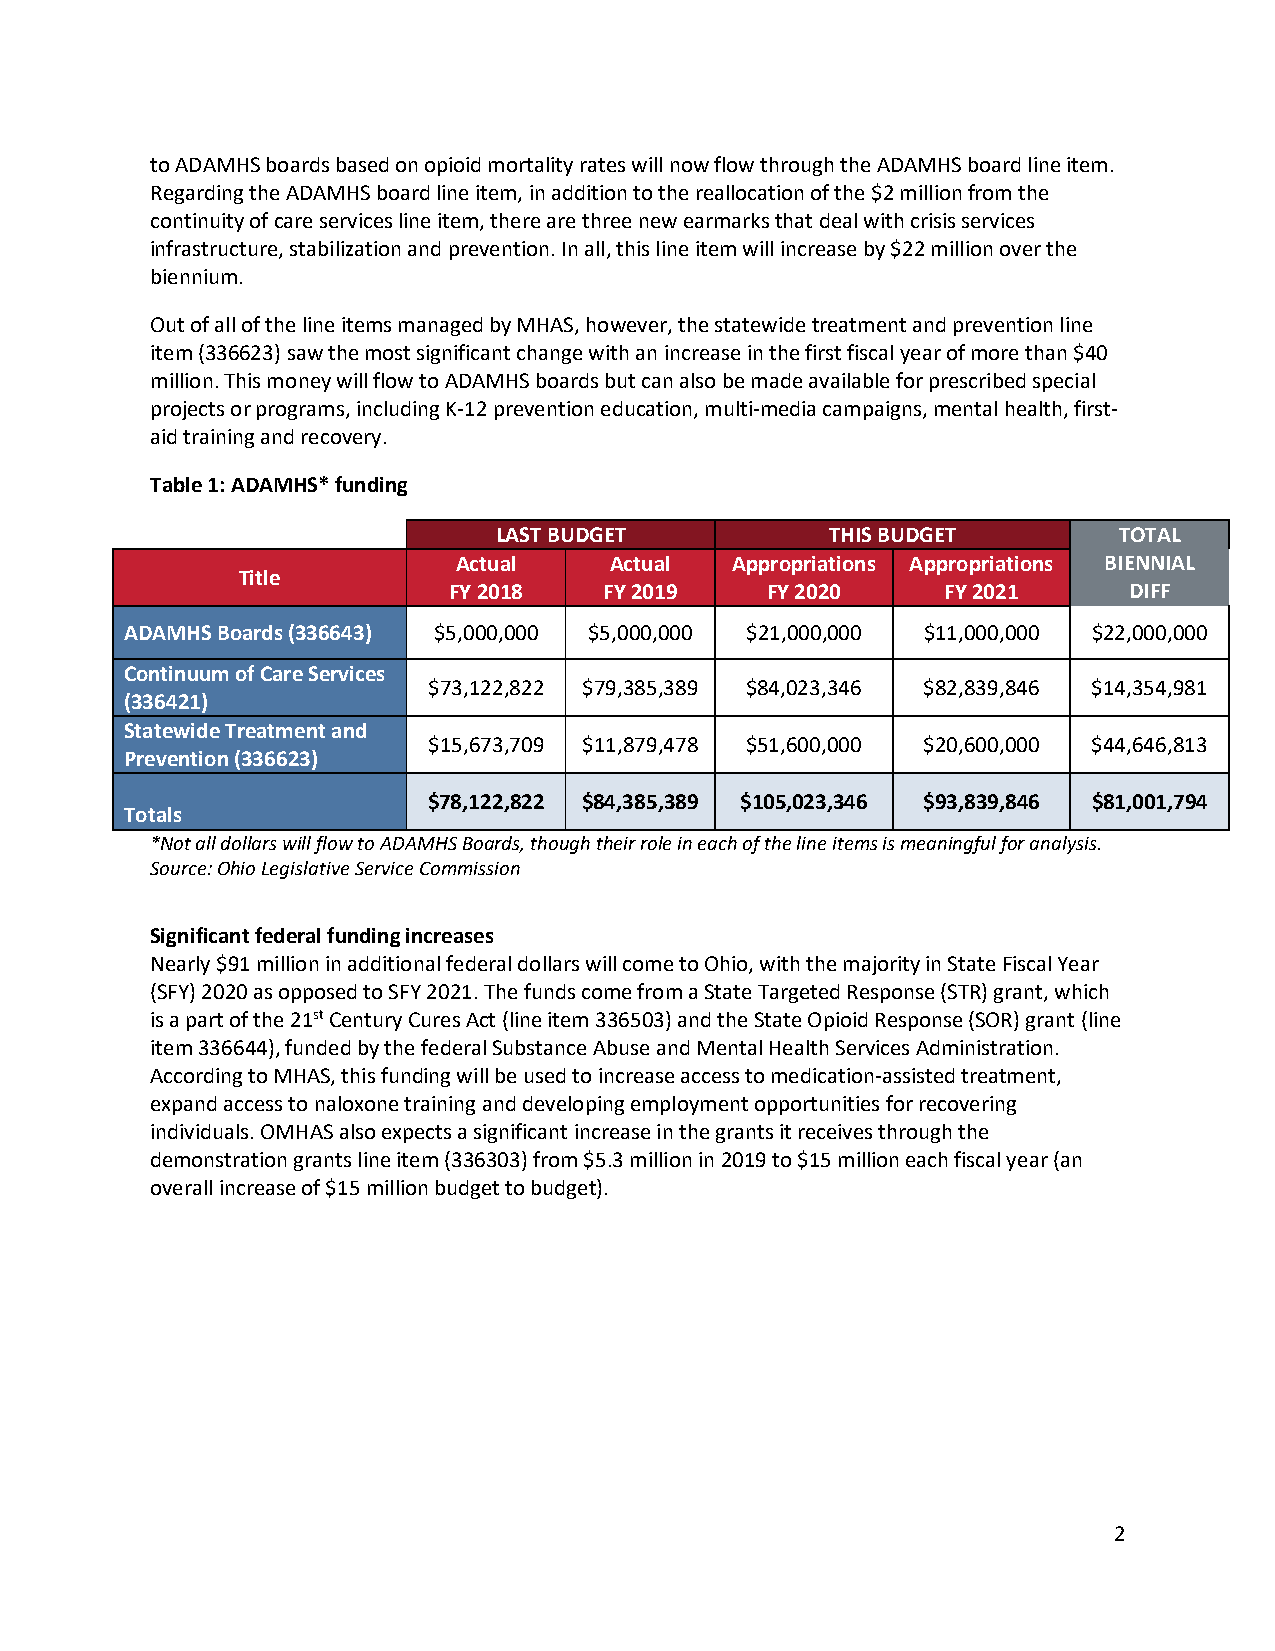
to ADAMHS boards based on opioid mortality rates will now flow through the ADAMHS board line item.
 Regarding the ADAMHS board line item, in addition to the reallocation of the $2 million from the
 continuity of care services line item, there are three new earmarks that deal with crisis services
 infrastructure, stabilization and prevention. In all, this line item will increase by $22 million over the
 biennium.
 Out of all of the line items managed by MHAS, however, the statewide treatment and prevention line
 item (336623) saw the most significant change with an increase in the first fiscal year of more than $40
 million. This money will flow to ADAMHS boards but can also be made available for prescribed special
 projects or programs, including K-12 prevention education, multi-media campaigns, mental health, first-
 aid training and recovery.
 Table 1: ADAMHS* funding
 LAST BUDGET           THIS BUDGET        TOTAL
 Actual    Actual  Appropriations Appropriations BIENNIAL
 Title
 FY 2018   FY 2019    FY 2020     FY 2021     DIFF
 ADAMHS Boards (336643) $5,000,000 $5,000,000 $21,000,000 $11,000,000 $22,000,000
 Continuum of Care Services
 $73,122,822 $79,385,389 $84,023,346 $82,839,846 $14,354,981
 (336421)
 Statewide Treatment and
 $15,673,709 $11,879,478 $51,600,000 $20,600,000 $44,646,813
 Prevention (336623)
 $78,122,822 $84,385,389 $105,023,346 $93,839,846 $81,001,794
 Totals
 *Not all dollars will flow to ADAMHS Boards, though their role in each of the line items is meaningful for analysis.
 Source: Ohio Legislative Service Commission
 Significant federal funding increases
 Nearly $91 million in additional federal dollars will come to Ohio, with the majority in State Fiscal Year
 (SFY) 2020 as opposed to SFY 2021. The funds come from a State Targeted Response (STR) grant, which
 is a part of the 21st Century Cures Act (line item 336503) and the State Opioid Response (SOR) grant (line
 item 336644), funded by the federal Substance Abuse and Mental Health Services Administration.
 According to MHAS, this funding will be used to increase access to medication-assisted treatment,
 expand access to naloxone training and developing employment opportunities for recovering
 individuals. OMHAS also expects a significant increase in the grants it receives through the
 demonstration grants line item (336303) from $5.3 million in 2019 to $15 million each fiscal year (an
 overall increase of $15 million budget to budget).
 2